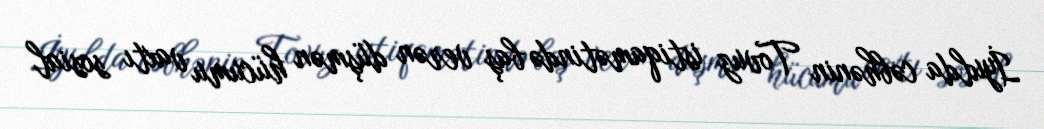
İyulda cəbhənin Tovuz istiqamətində baş verən düşmən hücumu vaxtı sosial